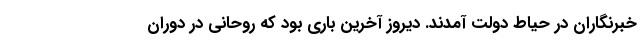
خبرنگاران در حیاط دولت آمدند. دیروز آخرین باری بود که روحانی در دوران